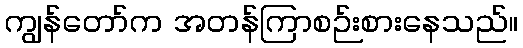
ကျွန်တော်က အတန်ကြာစဉ်းစားနေသည်။